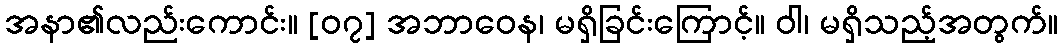
အနာ၏လည်းကောင်း။ [၀၇] အဘာဝေန၊ မရှိခြင်းကြောင့်။ ဝါ၊ မရှိသည့်အတွက်။